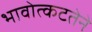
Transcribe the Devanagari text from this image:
भावोत्कटतेने